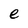
Character: e